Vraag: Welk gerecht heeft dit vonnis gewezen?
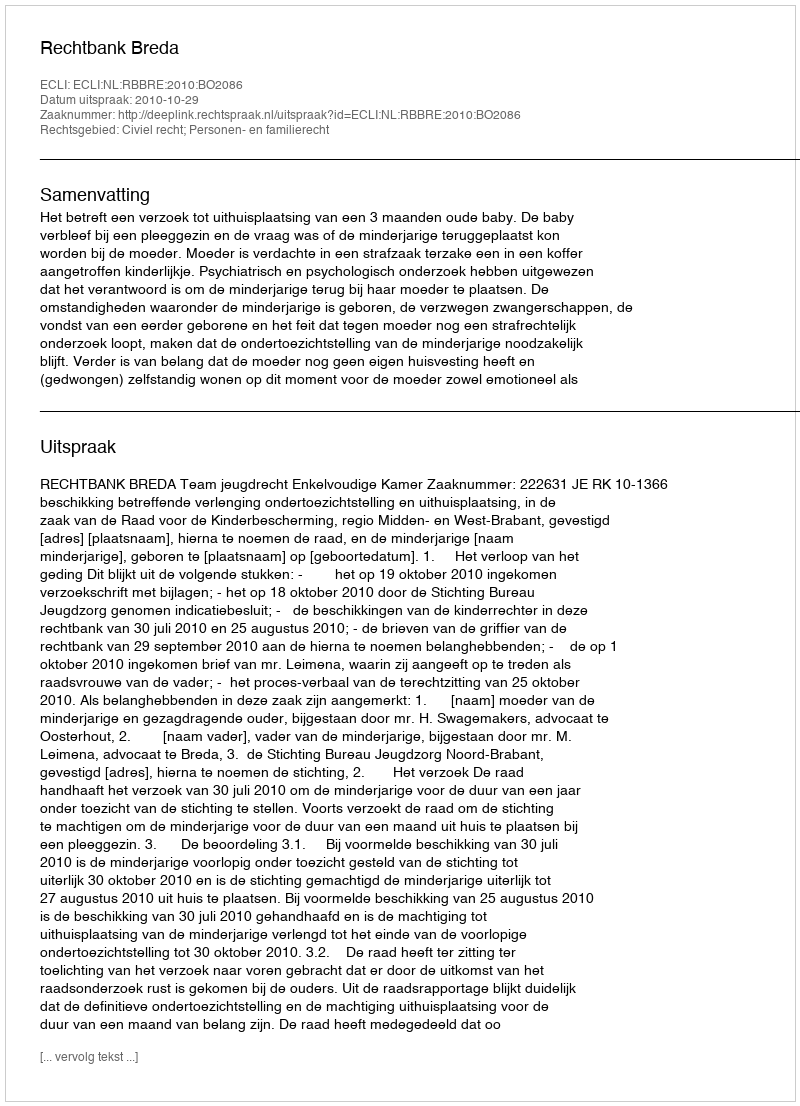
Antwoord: Rechtbank Breda